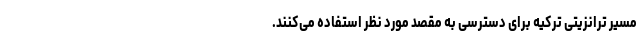
مسیر ترانزیتی ترکیه برای دسترسی به مقصد مورد نظر استفاده می‌کنند.